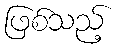
ဖြစ်သည့်